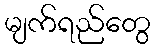
မျက်ရည်တွေ